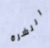
النشرة